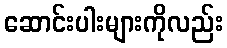
ဆောင်းပါးများကိုလည်း